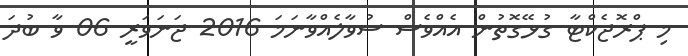
މި ޕްރޮޖެކްޓާ ގުޅޭގޮތުން އެއްވެސް ސުވާލެއްވާނަމަ 2016 ޖަނަވަރީ 06 ވާ ބުދަ